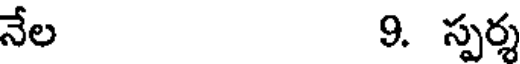
నేల 9. స్పర్శ